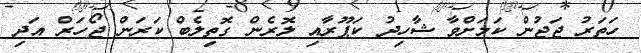
ހަތަރު ޖަޖުން ކަމަށްވާ ޝާހިދު ކަޕޫރާއި ލޮރެން ގޮތިލެބް ކަރަން ޖޯހަރް އަދި